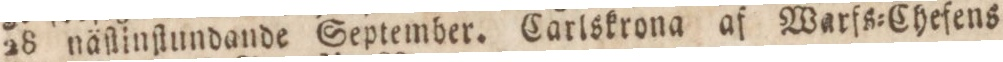
28 näſlinſtundande September. Carlskrona af Warfs=Chefens